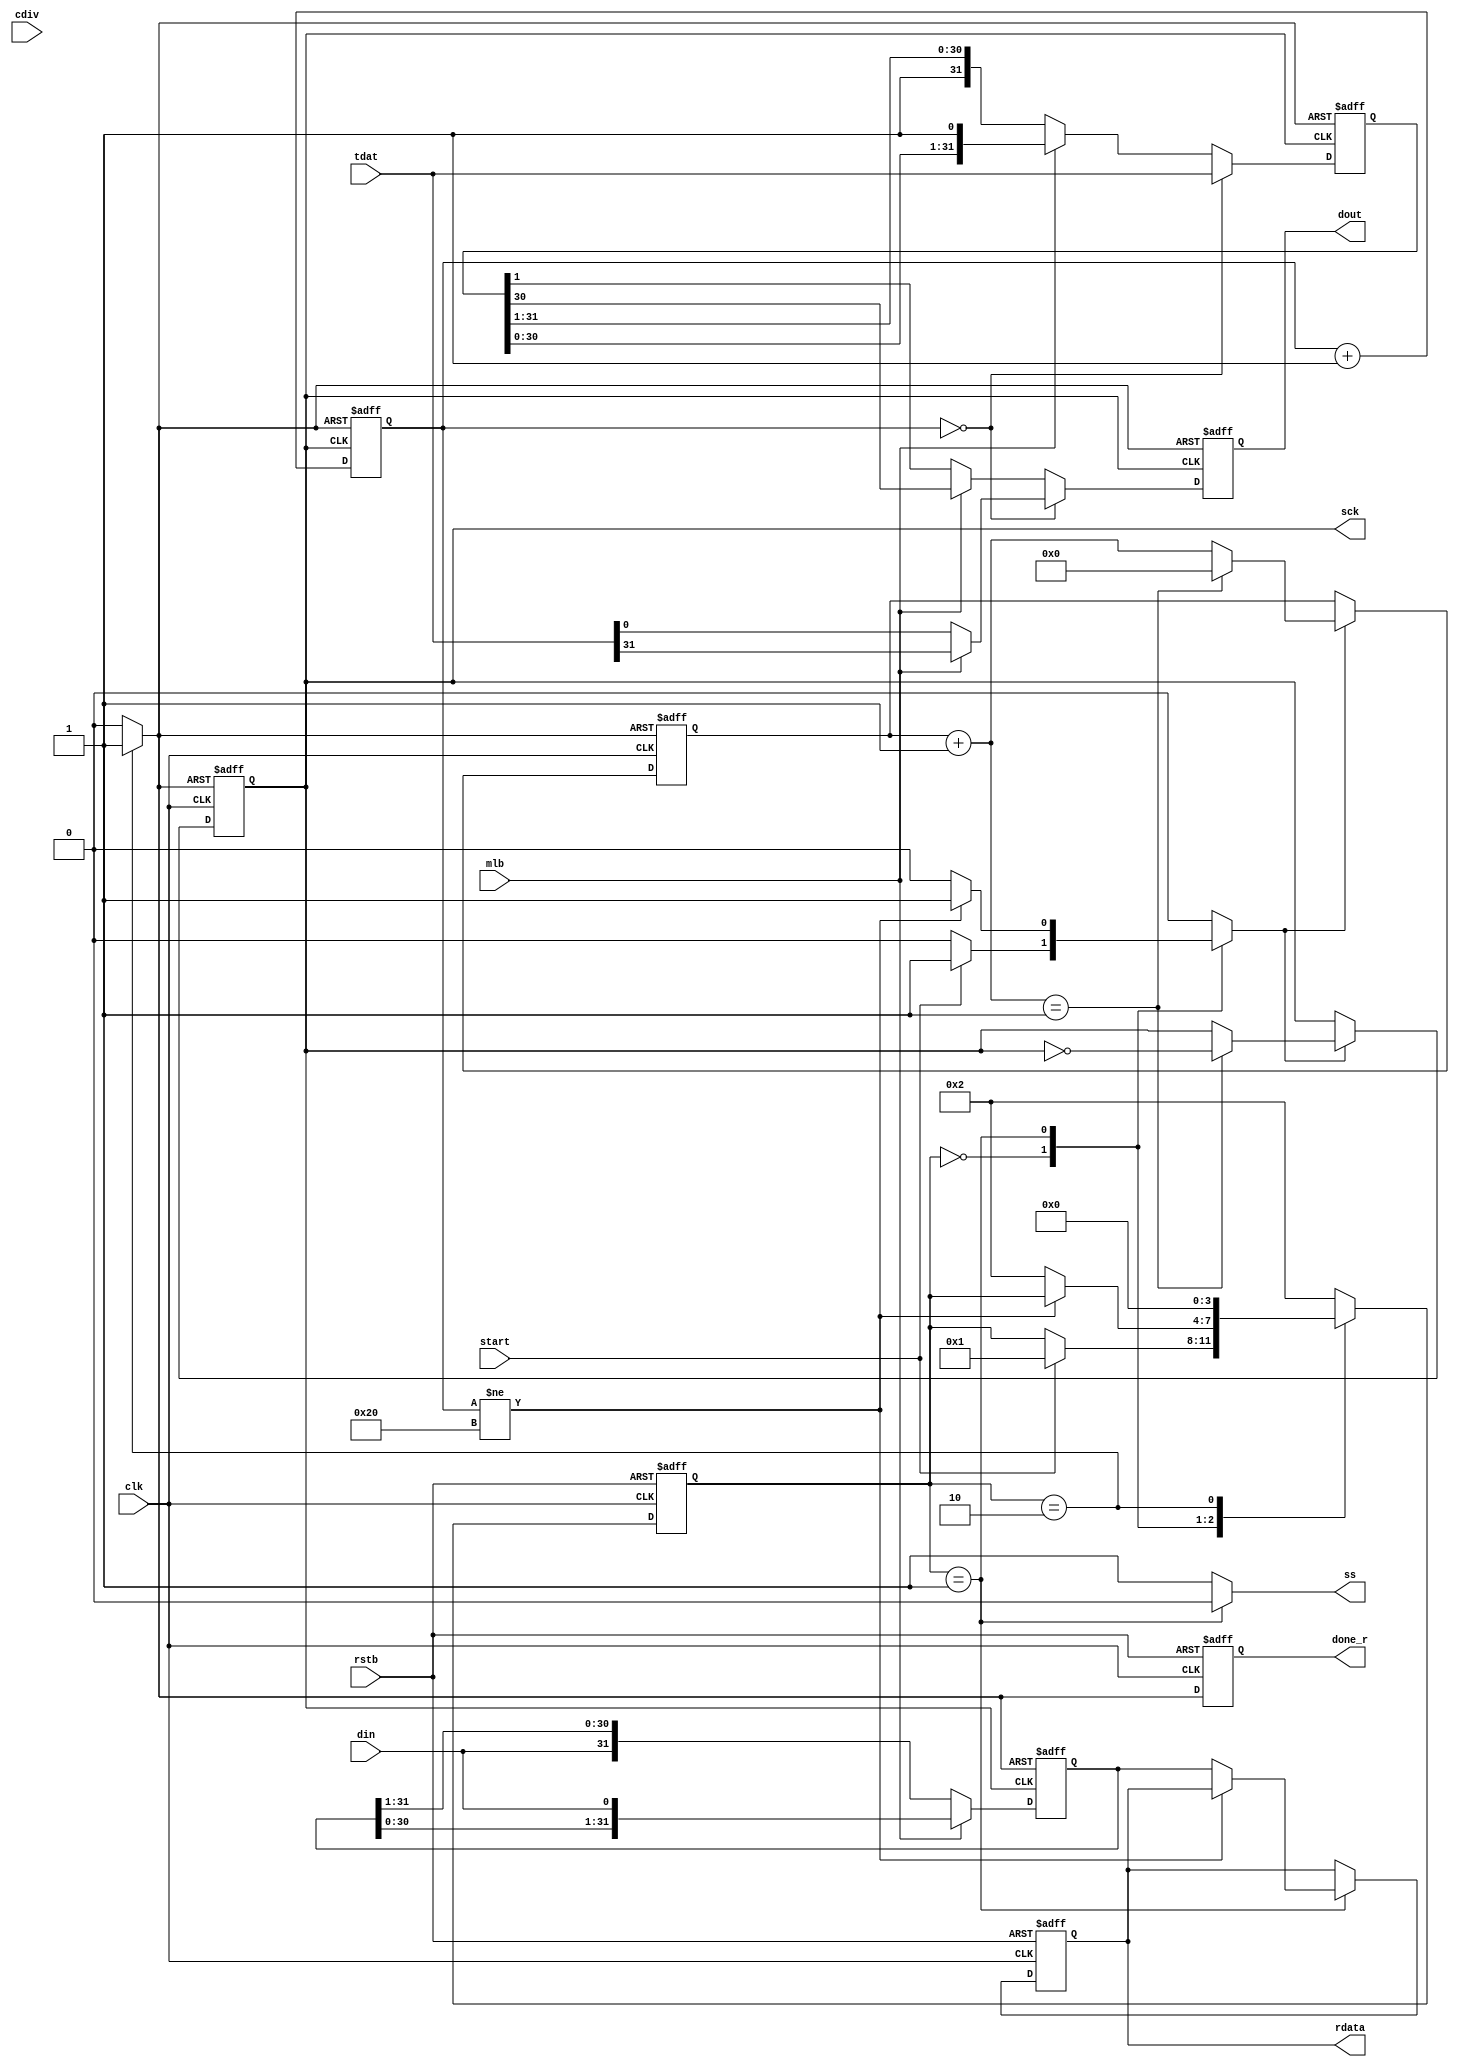
module spi_master_2(rstb, clk, mlb, start, tdat, cdiv, 
				  din,  ss, sck, dout, done_r, rdata);
parameter state_idle   = 4'd0;		
parameter state_send   = 4'd1; 
parameter state_finish = 4'd2;
input 		 rstb, clk, mlb, start;
input [31:0] tdat;  
input [1:0]  cdiv;  
input 		 din;
output reg 	 ss; 
output reg 	 sck; 
output reg 	 dout; 
output reg 	 done_r;
output reg 	 [31:0] rdata; 
wire [4:0] 	mid;
reg [3:0] 	current_state,next_state;
reg [31:0] 	treg,rreg;
reg [31:0] 	rdata_next;
reg [31:0] 	nbit;
reg [4:0] 	cnt;
reg 		shift, clr;
reg			done;
assign mid = 1;
always @ (negedge clk or negedge rstb) begin
	if (rstb == 0) 
		done_r  <= 1'b0;
	else 
		if (current_state == state_finish)
			done_r <= 1'b1;
		else 
			done_r <= 1'b0;
end
always @ (negedge clk or negedge rstb) begin
	if (rstb == 0) begin
		current_state <= state_finish;
		rdata         <= 0;
	end
	else begin
		current_state <= next_state;
		rdata         <= rdata_next;
	end
end
always  @ (start or current_state or nbit or cdiv or rreg or rdata) begin
	clr   = 0;  
	shift = 0;
	ss    = 1; 
	rdata_next = rdata;
	next_state = current_state;
	case(current_state)
		state_idle: begin 
			#1 
			if (start == 1) begin 
				shift      = 1;
				next_state = state_send;	 
	        end
	    end    
		state_send: begin 
			ss = 0;
			if (nbit != 32) begin
				shift = 1; 
			end
			else begin
				rdata_next = rreg;
				next_state = state_finish;
			end
		end		
		state_finish: begin 
			shift = 0;
			ss    = 1;
			clr   = 1;
			next_state = state_idle;
		end
		default: next_state = state_finish;
	endcase
end
always @ (negedge clk or posedge clr) begin
	if (clr == 1) begin
		cnt = 5'd0; 
		sck = 0; 
	end 
	else begin
		if (shift == 1) begin
			cnt = cnt + 5'd1; 
			if (cnt == mid) begin
				sck = ~sck;
				cnt = 5'd0;
			end
		end 
	end 
end 
always @ (negedge sck or posedge clr ) begin 
	if (clr == 1)  begin
		nbit = 7'd0;  
		rreg = 32'hFFFF_FFFF;  
	end 
	else begin 
		if (mlb == 0) begin 
			rreg = { din, rreg[31:1] };  
		end 
		else begin 
			rreg = { rreg[30:0], din };  
		end
		nbit = nbit + 7'd1;
	end
end 
always @ (posedge sck or posedge clr) begin
	if (clr == 1) begin
	  	treg = 32'h0;  
	  	dout = 0;  
	end  
	else begin
		if (nbit == 0) begin 
			treg = tdat; 
			dout = mlb ? treg[31] : treg[0];
		end 
		else begin
			if (mlb == 0) begin 
				treg = { 1'b1, treg[31:1] }; 
				dout = treg[0]; 
			end 
			else begin 
				treg = { treg[30:0], 1'b1 }; 
				dout = treg[31]; 
			end
		end
	end 
end
endmodule